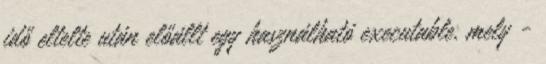
idő eltelte után előállt egy használható executable, mely -